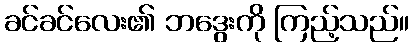
ခင်ခင်လေး၏ ဘဒွေးကို ကြည့်သည်။